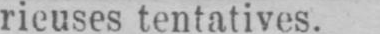
rieuses tentatives.